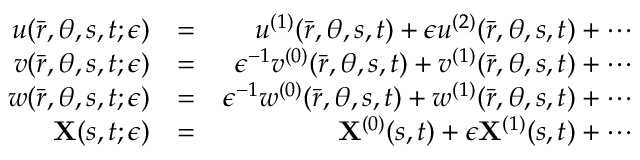
\begin{array} { r l r } { u ( \bar { r } , \theta , s , t ; \epsilon ) } & { = } & { u ^ { ( 1 ) } ( \bar { r } , \theta , s , t ) + \epsilon u ^ { ( 2 ) } ( \bar { r } , \theta , s , t ) + \cdots } \\ { v ( \bar { r } , \theta , s , t ; \epsilon ) } & { = } & { \epsilon ^ { - 1 } v ^ { ( 0 ) } ( \bar { r } , \theta , s , t ) + v ^ { ( 1 ) } ( \bar { r } , \theta , s , t ) + \cdots } \\ { w ( \bar { r } , \theta , s , t ; \epsilon ) } & { = } & { \epsilon ^ { - 1 } w ^ { ( 0 ) } ( \bar { r } , \theta , s , t ) + w ^ { ( 1 ) } ( \bar { r } , \theta , s , t ) + \cdots } \\ { \mathbf { X } ( s , t ; \epsilon ) } & { = } & { \mathbf { X } ^ { ( 0 ) } ( s , t ) + \epsilon \mathbf { X } ^ { ( 1 ) } ( s , t ) + \cdots } \end{array}